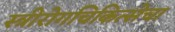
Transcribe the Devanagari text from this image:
स्त्रीरोगचिकित्सेचा